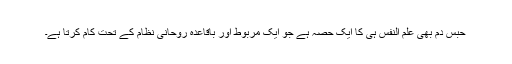
حبس دم بھی علم النفس ہی کا ایک حصہ ہے جو ایک مربوط اور باقاعدہ روحانی نظام کے تحت کام کرتا ہے۔